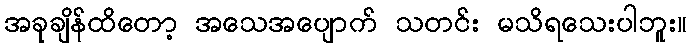
အခုချိန်ထိတော့ အသေအပျောက် သတင်း မသိရသေးပါဘူး။